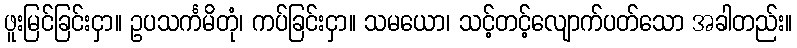
ဖူးမြင်ခြင်းငှာ။ ဥပသင်္ကမိတုံ၊ ကပ်ခြင်းငှာ။ သမယော၊ သင့်တင့်လျောက်ပတ်သော အခါတည်း။